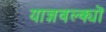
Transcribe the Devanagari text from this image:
याज्ञवल्क्यों